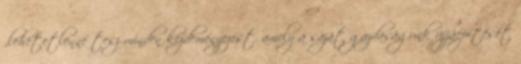
„lehetetlenné tesz minden kezdeményezést, amely a saját gazdaságunk újjáépítését